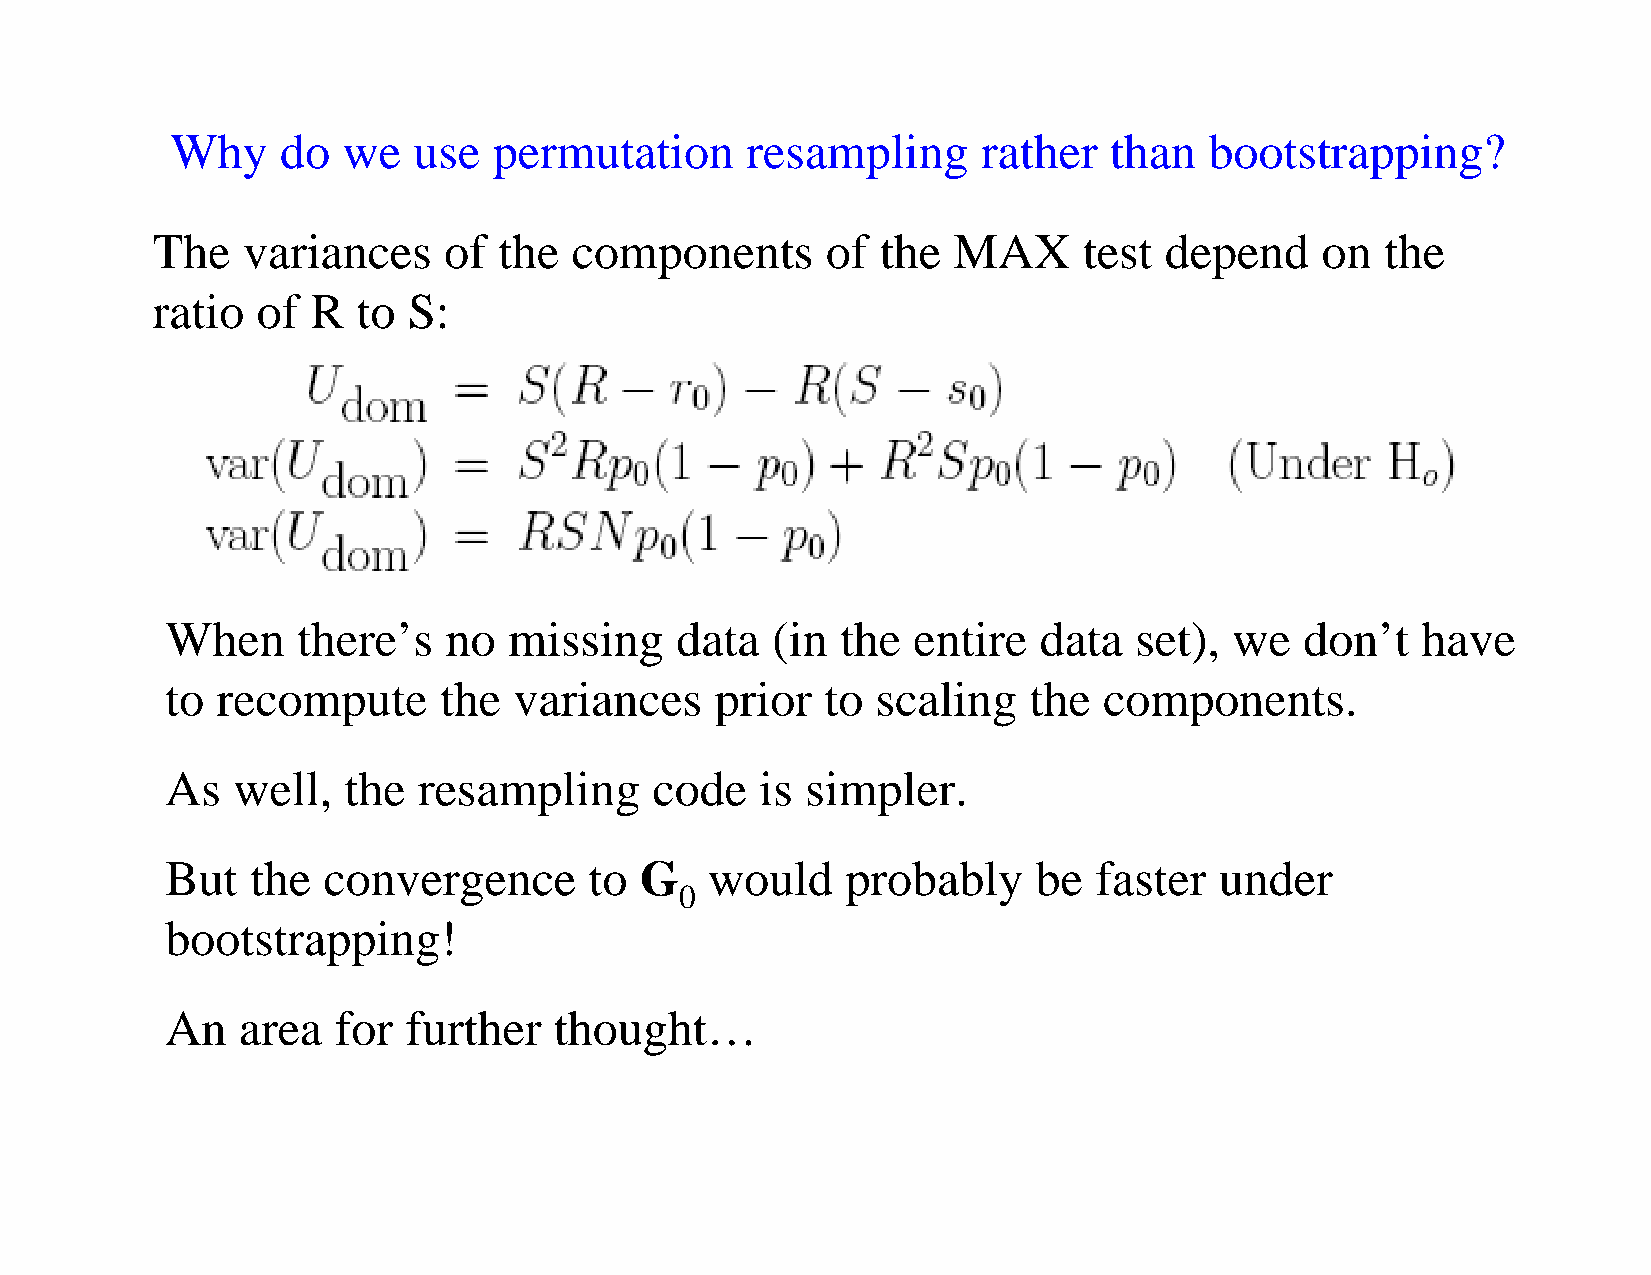
Why     do  we  use   permutation     resampling      rather  than   bootstrapping?
 The   variances    of  the  components       of the  MAX      test depend    on   the
 ratio  of  R  to S:
 When     there’s  no   missing    data  (in  the entire   data  set),  we  don’t   have
 to recompute      the  variances    prior   to scaling   the  components.
 As  well,   the  resampling     code   is simpler.
 But   the convergence       to G    would    probably     be faster   under
 0
 bootstrapping!
 An   area  for  further   thought…